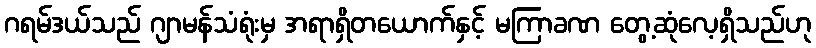
ဂရမ်ဒယ်သည် ဂျာမန်သံရုံးမှ အရာရှိတယောက်နှင့် မကြာခဏ တွေ့ဆုံလေ့ရှိသည်ဟု